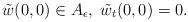
LaTeX: \begin{align*} \tilde w(0,0)\in A_\epsilon,\; \tilde w_t(0,0)=0.\end{align*}